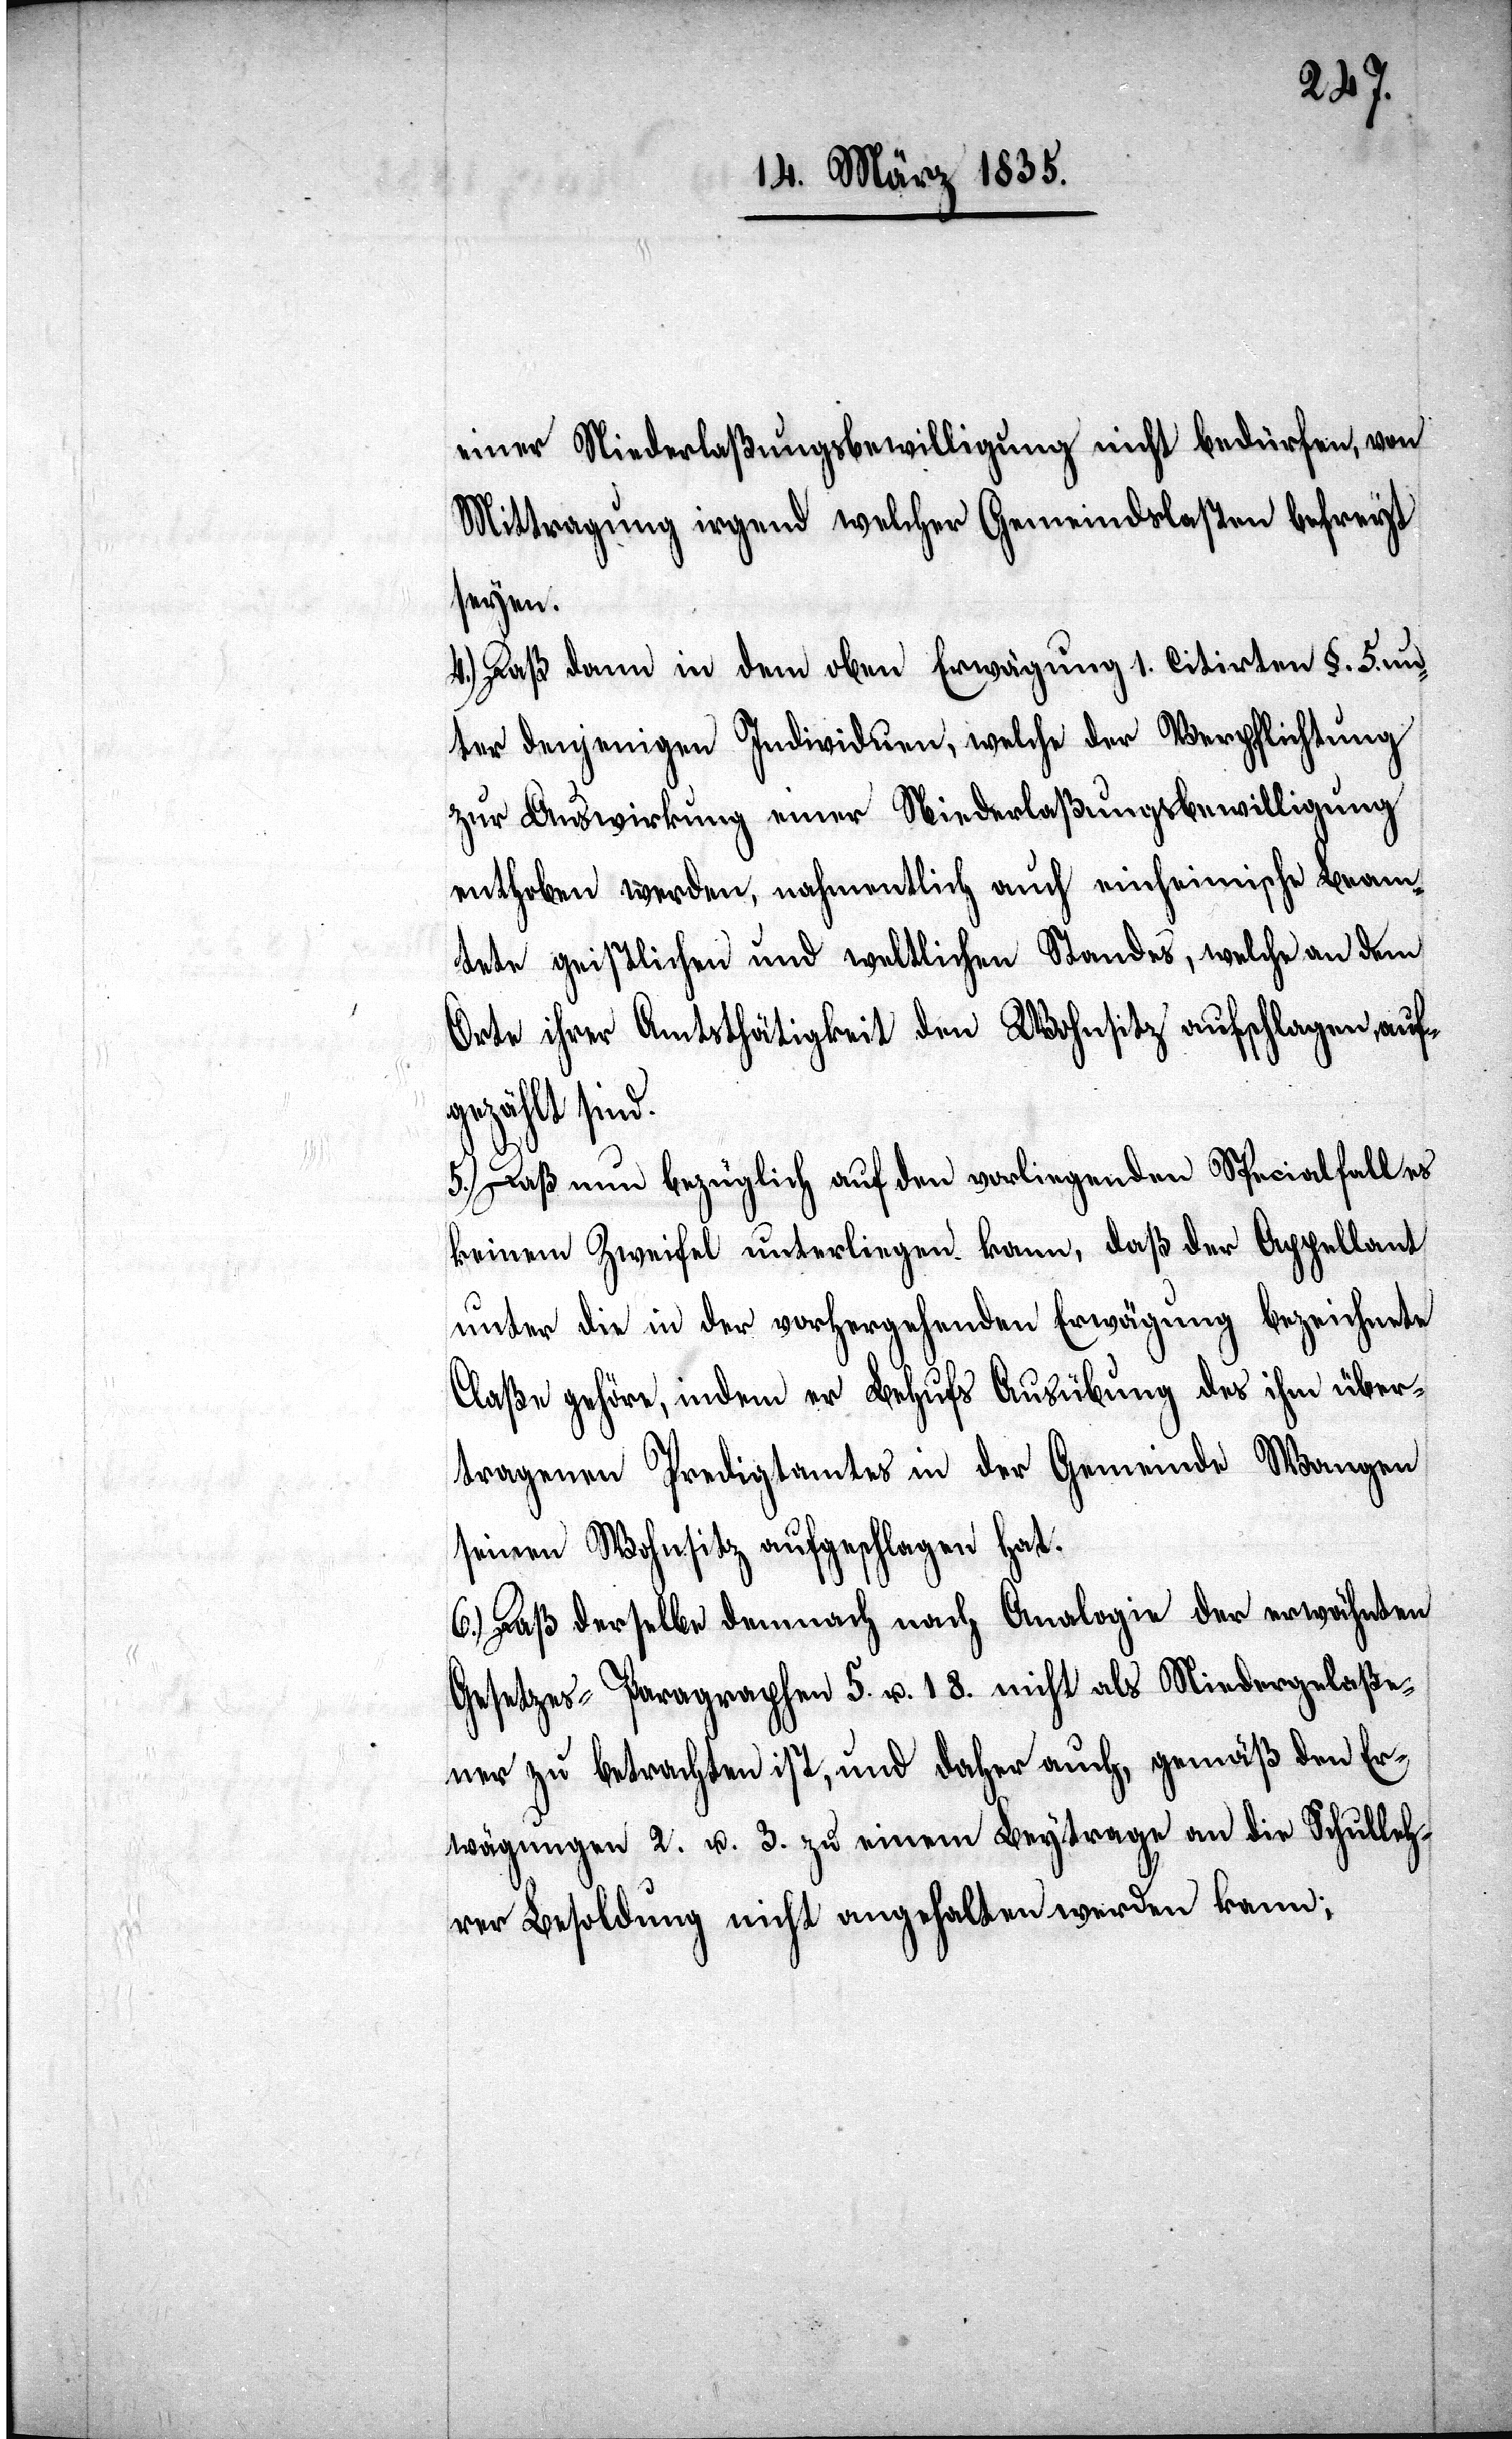
einer Niederlaßungsbewilligung nicht bedürfen, von
Mittragung irgend welcher Gemeindslasten befreyt
seyen.
4.) Daß dann in dem oben Erwägung 1. citirten §. 5. un¬
ter denjenigen Individuen, welche der Verpflichtung
enthoben werden, nahmentlich auch einheimische Beam¬
tete geistlichen und weltlichen Standes, welche an dem
Orte ihrer Amtsthätigkeit den Wohnsitz aufschlagen, auf¬
gezählt sind.
5.) Daß nun bezüglich auf den vorliegenden Specialfall es
keinem Zweifel unterliegen kann, daß der Appellant
unter die in der vorhergehenden Erwägung bezeichnete
Claße gehöre, indem er Behufs Ausübung des ihm über¬
tragenen Predigtamtes in der Gemeinde Wangen
seinen Wohnsitz aufgeschlagen hat.
6.) Daß derselbe dennoch nach Analogie der erwähnten
Gesetzes-Paragraphen 5. u. 18. nicht als Niedergelaße¬
ner zu betrachten ist, und daher auch, gemäß den Er¬
wägungen 2. u. 3. zu einem Beytrage an die Schulleh¬
rer Besoldung nicht angehalten werden kann;